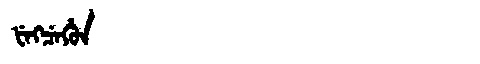
Manchu: ᡶᡝᡴᠴᡝᡥᡠᠨ
Romanization: FEKCEHUN